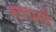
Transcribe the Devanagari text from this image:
नवधर्मी